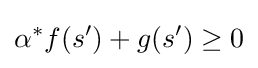
\alpha ^{*}f(s')+g(s')\geq 0